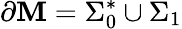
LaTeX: \partial\mathbf{M}=\Sigma_{0}^{*}\cup\Sigma_{1}